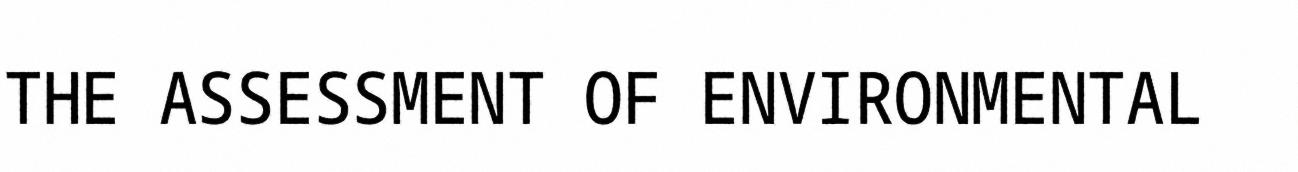
THE ASSESSMENT OF ENVIRONMENTAL